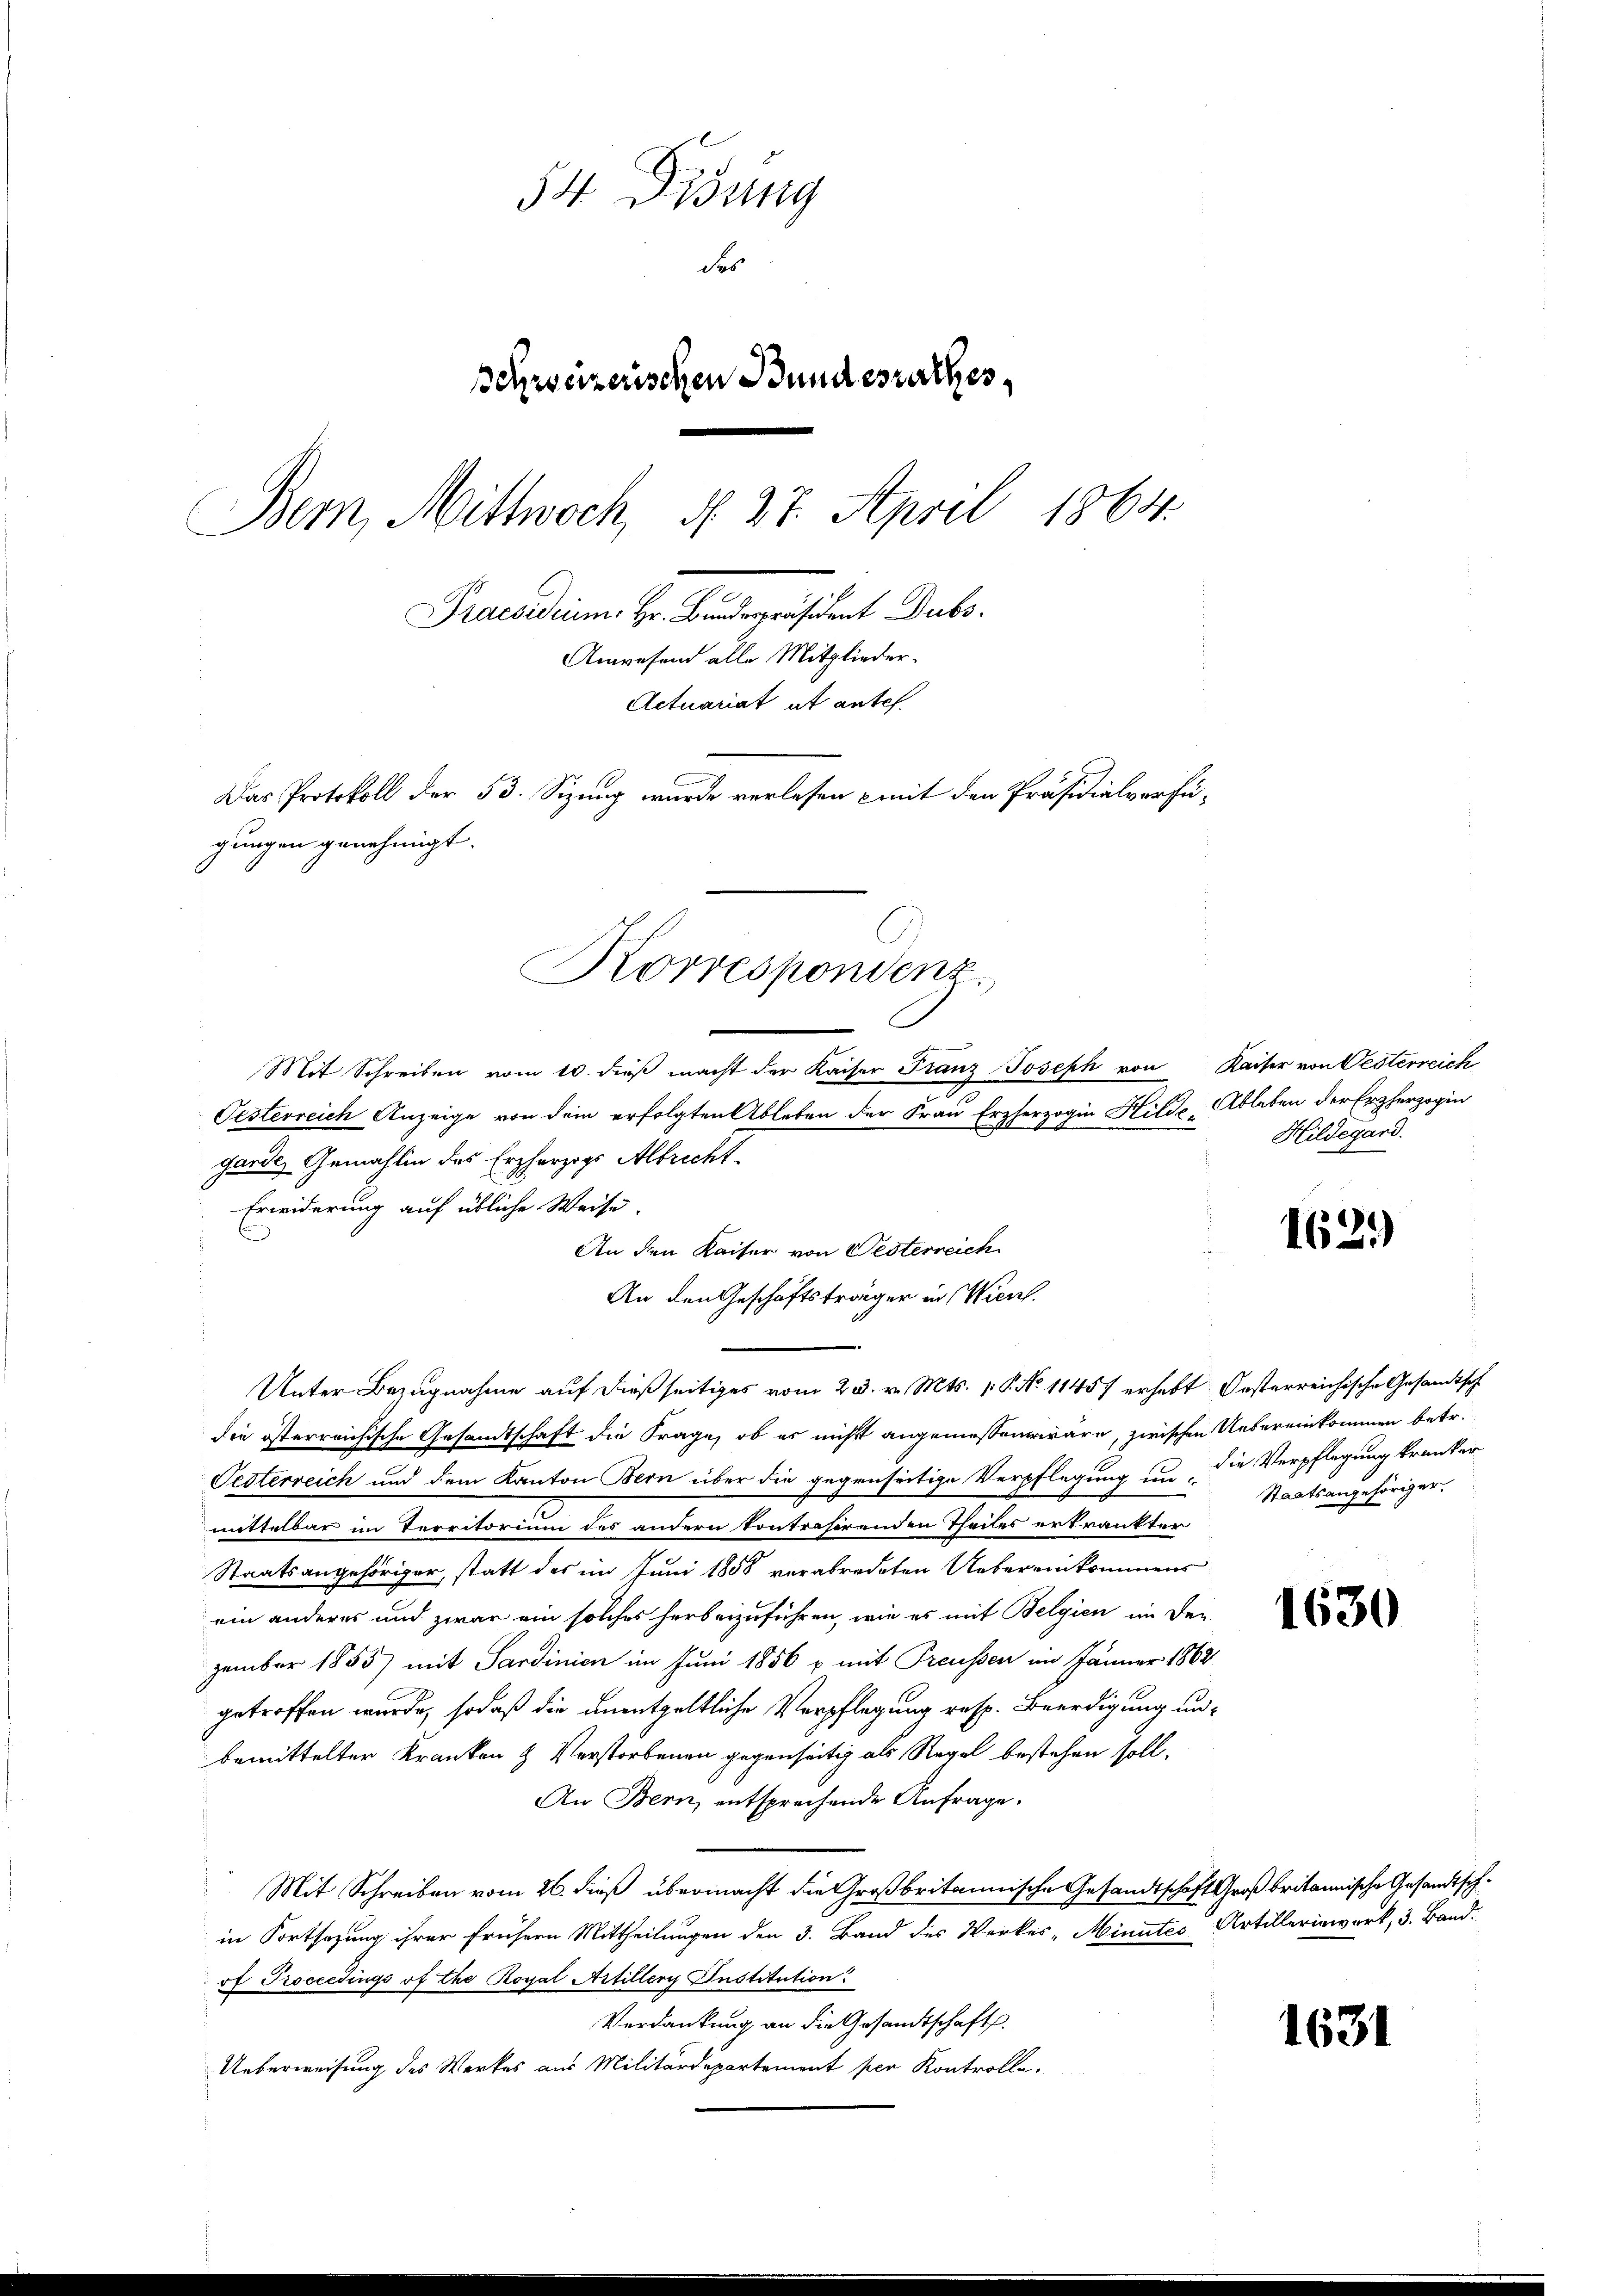
54. Disung
des
Schweizerischen Bundesrathes,
Bern, Mittwoch, N. 27. April 1864.
Praesidium. Hr. Bundespräsident Dubs
Anwesend alle Mitglieder-
Actuariat ut antes.
Das Protokoll der 53. Sizung wurde verlesen mit den Präsidialverfügungen genehmigt.
Korrespondenz.

Mit Schreiben vom 10. dieβ macht der Kaiser Franz Joseph von Kaiser von Oesterreich
Oesterreich Anzeige von dem erfolgten Ableben der Frau Erzherzogin Hilde, Ableben der Erzherzogin
gardes Gemahlin des Erzherzogs Albrecht
Erwiderung auf übliche Weise.
An den Kaiser von Westerreich
An den Geschäftsträger in Wien.
Unter Bezugnahme auf dießseitiges vom 25. v. Mts. v. P. No 1145) erhebt Oesterreichische Gesandtsch
die österreichische Gesandtschaft die Frage, ob es nicht angemessen wäre, zwischen Uebereinkommen betr.
Pesterreich und dem Kanton Bern über die gegenseitige Verpflegung um die Verpflegung kranker
mittelbar im Territorium des andern kontrasirenden Theiles ertränkter
Staatsangehöriger, statt des im Juni 1858 verabredeten Uebereinkommens
ein anderer und zwar ein solches herbeizuführen, wie es mit Belgien im Den
zember 1855) mit Sardinien im Juni 1856 x mit Treussen im Jänner 1862
getroffen wurde, so daß die unentgeltliche Verpflegung resp. Beerdigung unbemittelter Kranken & Verstorbenen gegenseitig als Regel bestehen soll.
An Bern, entsprechende Anfrage.
Mit Schreiben vom 26. dieß übermacht die Großbritannische Gesandtschaft Großbritannische Gesandtschin Fortsezung ihrer frühern Mittheilungen den 3. Band des Werkes - Minutes Artillerinwerk, 3. Band.
of Procecdings of the Royal Artiller Justitution
Verdankung an die Gesandtschaft.
Ueberweisung des Werkes aus Militärdepartement per Kontrolle.

Hildegard.

162.)

Staatsangehöriger,

1630

1631